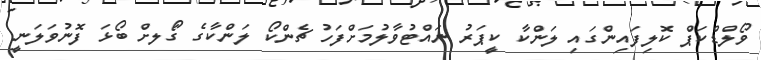
ވޯލްޑްކަޕް ކޮލިފައިންގައި ލަންކާ ކީޕަރު ނައްޓުވާލުމަށްފަހު ޗެންކޯ ލަންކާގެ ގޯަލށް ބޯޅަ ފޮނުވަލަނީ